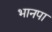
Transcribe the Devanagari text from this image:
भानपा